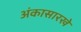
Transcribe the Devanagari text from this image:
अंकासारखे